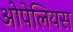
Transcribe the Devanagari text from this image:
ओपेलियस